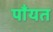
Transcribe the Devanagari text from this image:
पाँयत